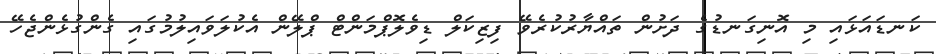
ކަނޑައަޅައި މި އޮނިގަނޑުގެ ދަށުން ތައްޔާރުކުރެވޭ ފިޒިކަލް ޑިވެލޮޕްމަންޓް ޕްލޭން އެކުލަވައިލުމުގައި ގެންގުޅެންޖެހޭ